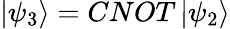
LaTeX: \left|\psi_{3}\right\rangle={CNOT}\left|\psi_{2}\right\rangle